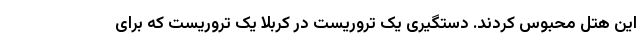
این هتل محبوس کردند. دستگیری یک تروریست در کربلا یک تروریست که برای